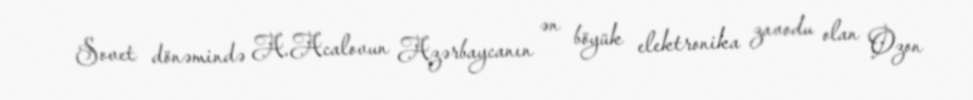
Sovet dönəmində A.Acalovun Azərbaycanın ən böyük elektronika zavodu olan Ozon